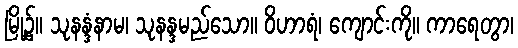
မြို့၌။ သုနန္ဒံနာမ၊ သုနန္ဒမည်သော။ ဝိဟာရံ၊ ကျောင်းကို။ ကာရေတွာ၊